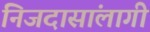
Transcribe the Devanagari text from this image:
निजदासांलागी